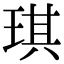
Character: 琪